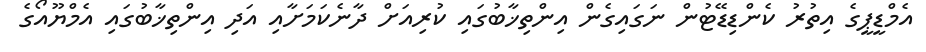
އެމްޑީޕީގެ އިތުރު ކެންޑިޑޭޓުން ނަގައިގެން އިންތިޚާބުގައި ކުރިއަށް ދާނެކަމަށާއި އަދި އިންތިޚާބުގައި އެމްޔޫއޯގެ